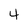
Character: 4